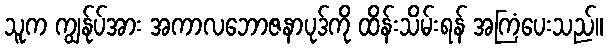
သူက ကျွန်ုပ်အား အကာလဘောဇနာပုဒ်ကို ထိန်းသိမ်းရန် အကြံပေးသည်။